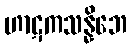
ဟာဋကသန္နိဘေ